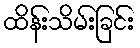
ထိန်းသိမ်းခြင်း